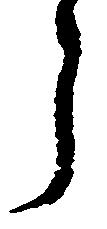
う